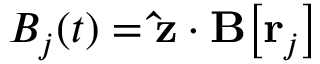
B _ { j } ( t ) = \mathbf { \hat { z } } \cdot \mathbf { B } \big [ \mathbf { r } _ { j } \big ]